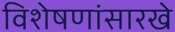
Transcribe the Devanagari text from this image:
विशेषणांसारखे